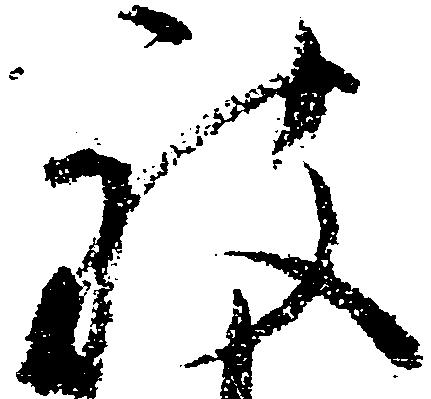
被